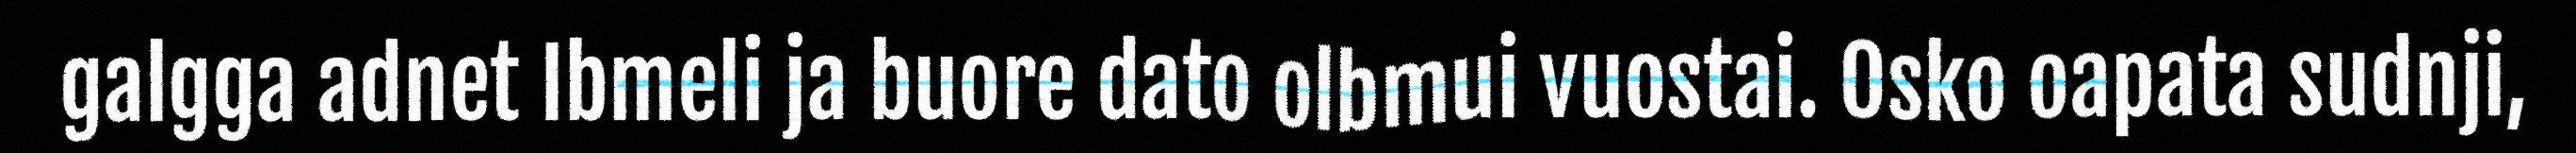
galgga adnet Ibmeli ja buore dato olbmui vuostai. Osko oapata sudnji,